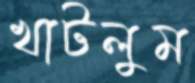
খাটলুম